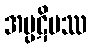
အပ္ပဋိမဿ